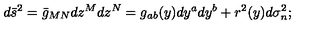
d { \bar { s } } ^ { 2 } = \bar { g } _ { M N } d z ^ { M } d z ^ { N } = g _ { a b } ( y ) d y ^ { a } d y ^ { b } + r ^ { 2 } ( y ) d \sigma _ { n } ^ { 2 } ;